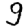
Digit: 9